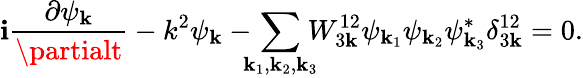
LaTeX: \mathbf{i}\frac{{\partial\psi_{\mathbf{k}}}}{{\partialt}}-k^{2}\psi_{\mathbf{k}}-\! \! \! \sum_{{\mathbf{k}}_{1},{\mathbf{k}}_{2},{\mathbf{k}}_{3}}\! \! \! W_{3{\mathbf{k}}}^{12}\psi_{{\mathbf{k}}_{1}}\psi_{{\mathbf{k}}_{2}}\psi_{{\mathbf{k}}_{3}}^{*}\delta_{3{\mathbf{k}}}^{12}=0.